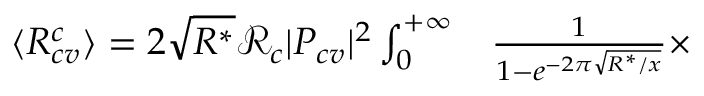
\begin{array} { r l } { \langle R _ { c v } ^ { c } \rangle = 2 \sqrt { R ^ { * } } \mathcal { R } _ { c } | P _ { c v } | ^ { 2 } \int _ { 0 } ^ { + \infty } } & { { } \frac { 1 } { 1 - e ^ { - 2 \pi \sqrt { R ^ { * } / x } } } \times } \end{array}